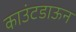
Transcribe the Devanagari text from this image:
काउंटडाऊन